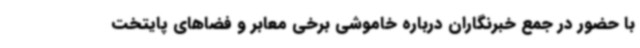
با حضور در جمع خبرنگاران درباره خاموشی برخی معابر و فضاهای پایتخت